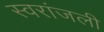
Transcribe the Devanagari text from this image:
स्वरांजली